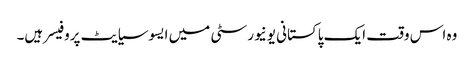
وہ اس وقت ایک پاکستانی یونیورسٹی میں ایسوسیایٹ پروفیسر ہیں۔